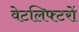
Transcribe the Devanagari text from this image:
वेटलिफ्टरों